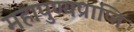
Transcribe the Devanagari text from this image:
महापुण्यप्राप्ति